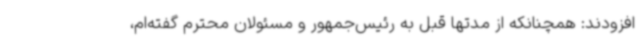
افزودند: همچنانکه از مدتها قبل به رئیس‌جمهور و مسئولان محترم گفته‌ام،